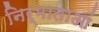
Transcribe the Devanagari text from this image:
निर्माताआं